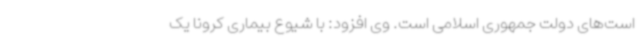
است‌های دولت جمهوری اسلامی است. وی افزود: با شیوع بیماری کرونا یک